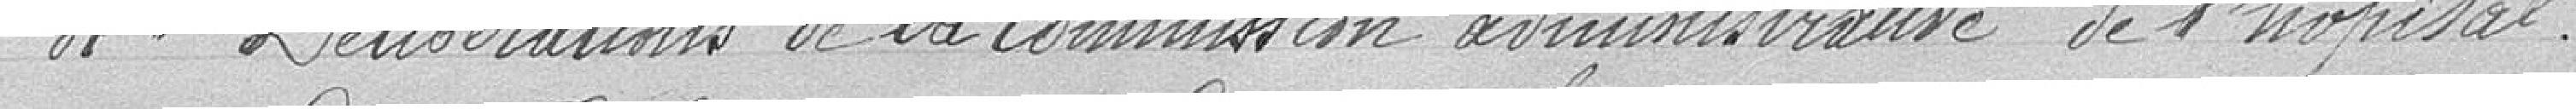
4° Délibérations de la commission administrative de l'hôpital